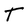
Character: T